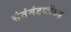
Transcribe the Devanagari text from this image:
संतंमंडळींसह